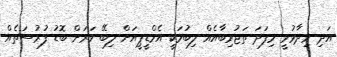
އަދި ވިދާޅުވީ މިފަދަ ތަޖުރިބާއެއް ލިބުމަކީ އެމްޑީޕީއަށް ލިބޭ ވަރަށް ބޮޑު ފުރުސަތެއް